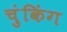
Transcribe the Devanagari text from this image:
चुंकिंग